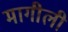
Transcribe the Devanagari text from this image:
मागीली